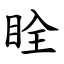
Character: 䀬